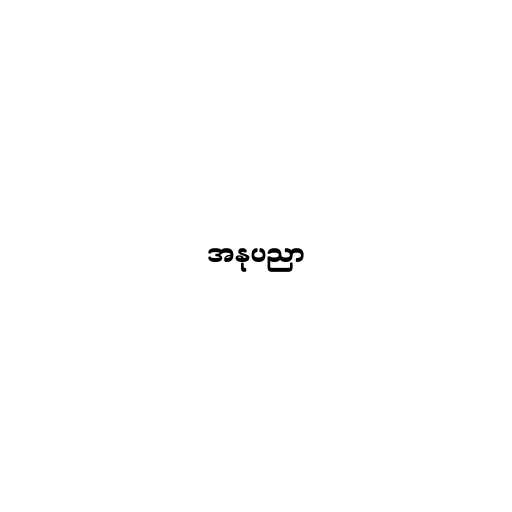
အနုပညာ